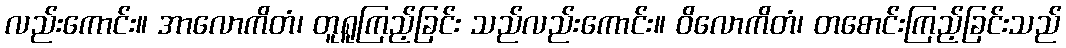
လည်းကောင်း။ အာလောကိတံ၊ တူရူကြည့်ခြင်း သည်လည်းကောင်း။ ဝိလောကိတံ၊ တစောင်းကြည့်ခြင်းသည်